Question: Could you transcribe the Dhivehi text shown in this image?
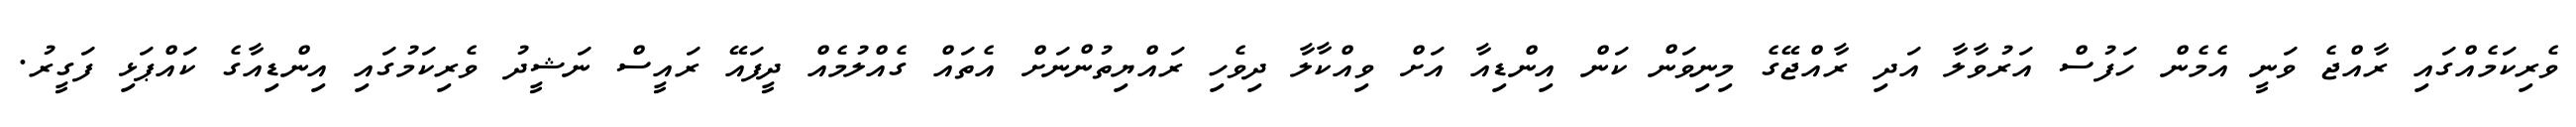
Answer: ވެރިކަމެއްގައި ރާއްޖެ ވަނީ އެމެން ހަފުސް އަރުވާލާ އަދި ރާއްޖޭގެ މިނިވަން ކަން އިންޑިއާ އަށް ވިއްކާލާ ދިވެހި ރައްޔިތުންނަށް އެތައް ގެއްލުމެއް ދީފައޭ ރައީސް ނަޝީދު ވެރިކަމުގައި އިންޑިއާގެ ކައްޕަޅި ފަގީރު.